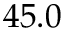
4 5 . 0